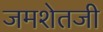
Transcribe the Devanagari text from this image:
जमशेतजी